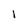
Character: 1